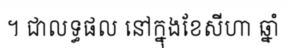
។ ជាលទ្ធផល នៅក្នុងខែសីហា ឆ្នាំ